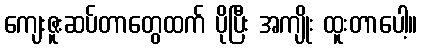
ကျေးဇူးဆပ်တာတွေထက် ပိုပြီး အကျိုး ထူးတာပေါ့။